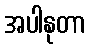
အပါနုတာ